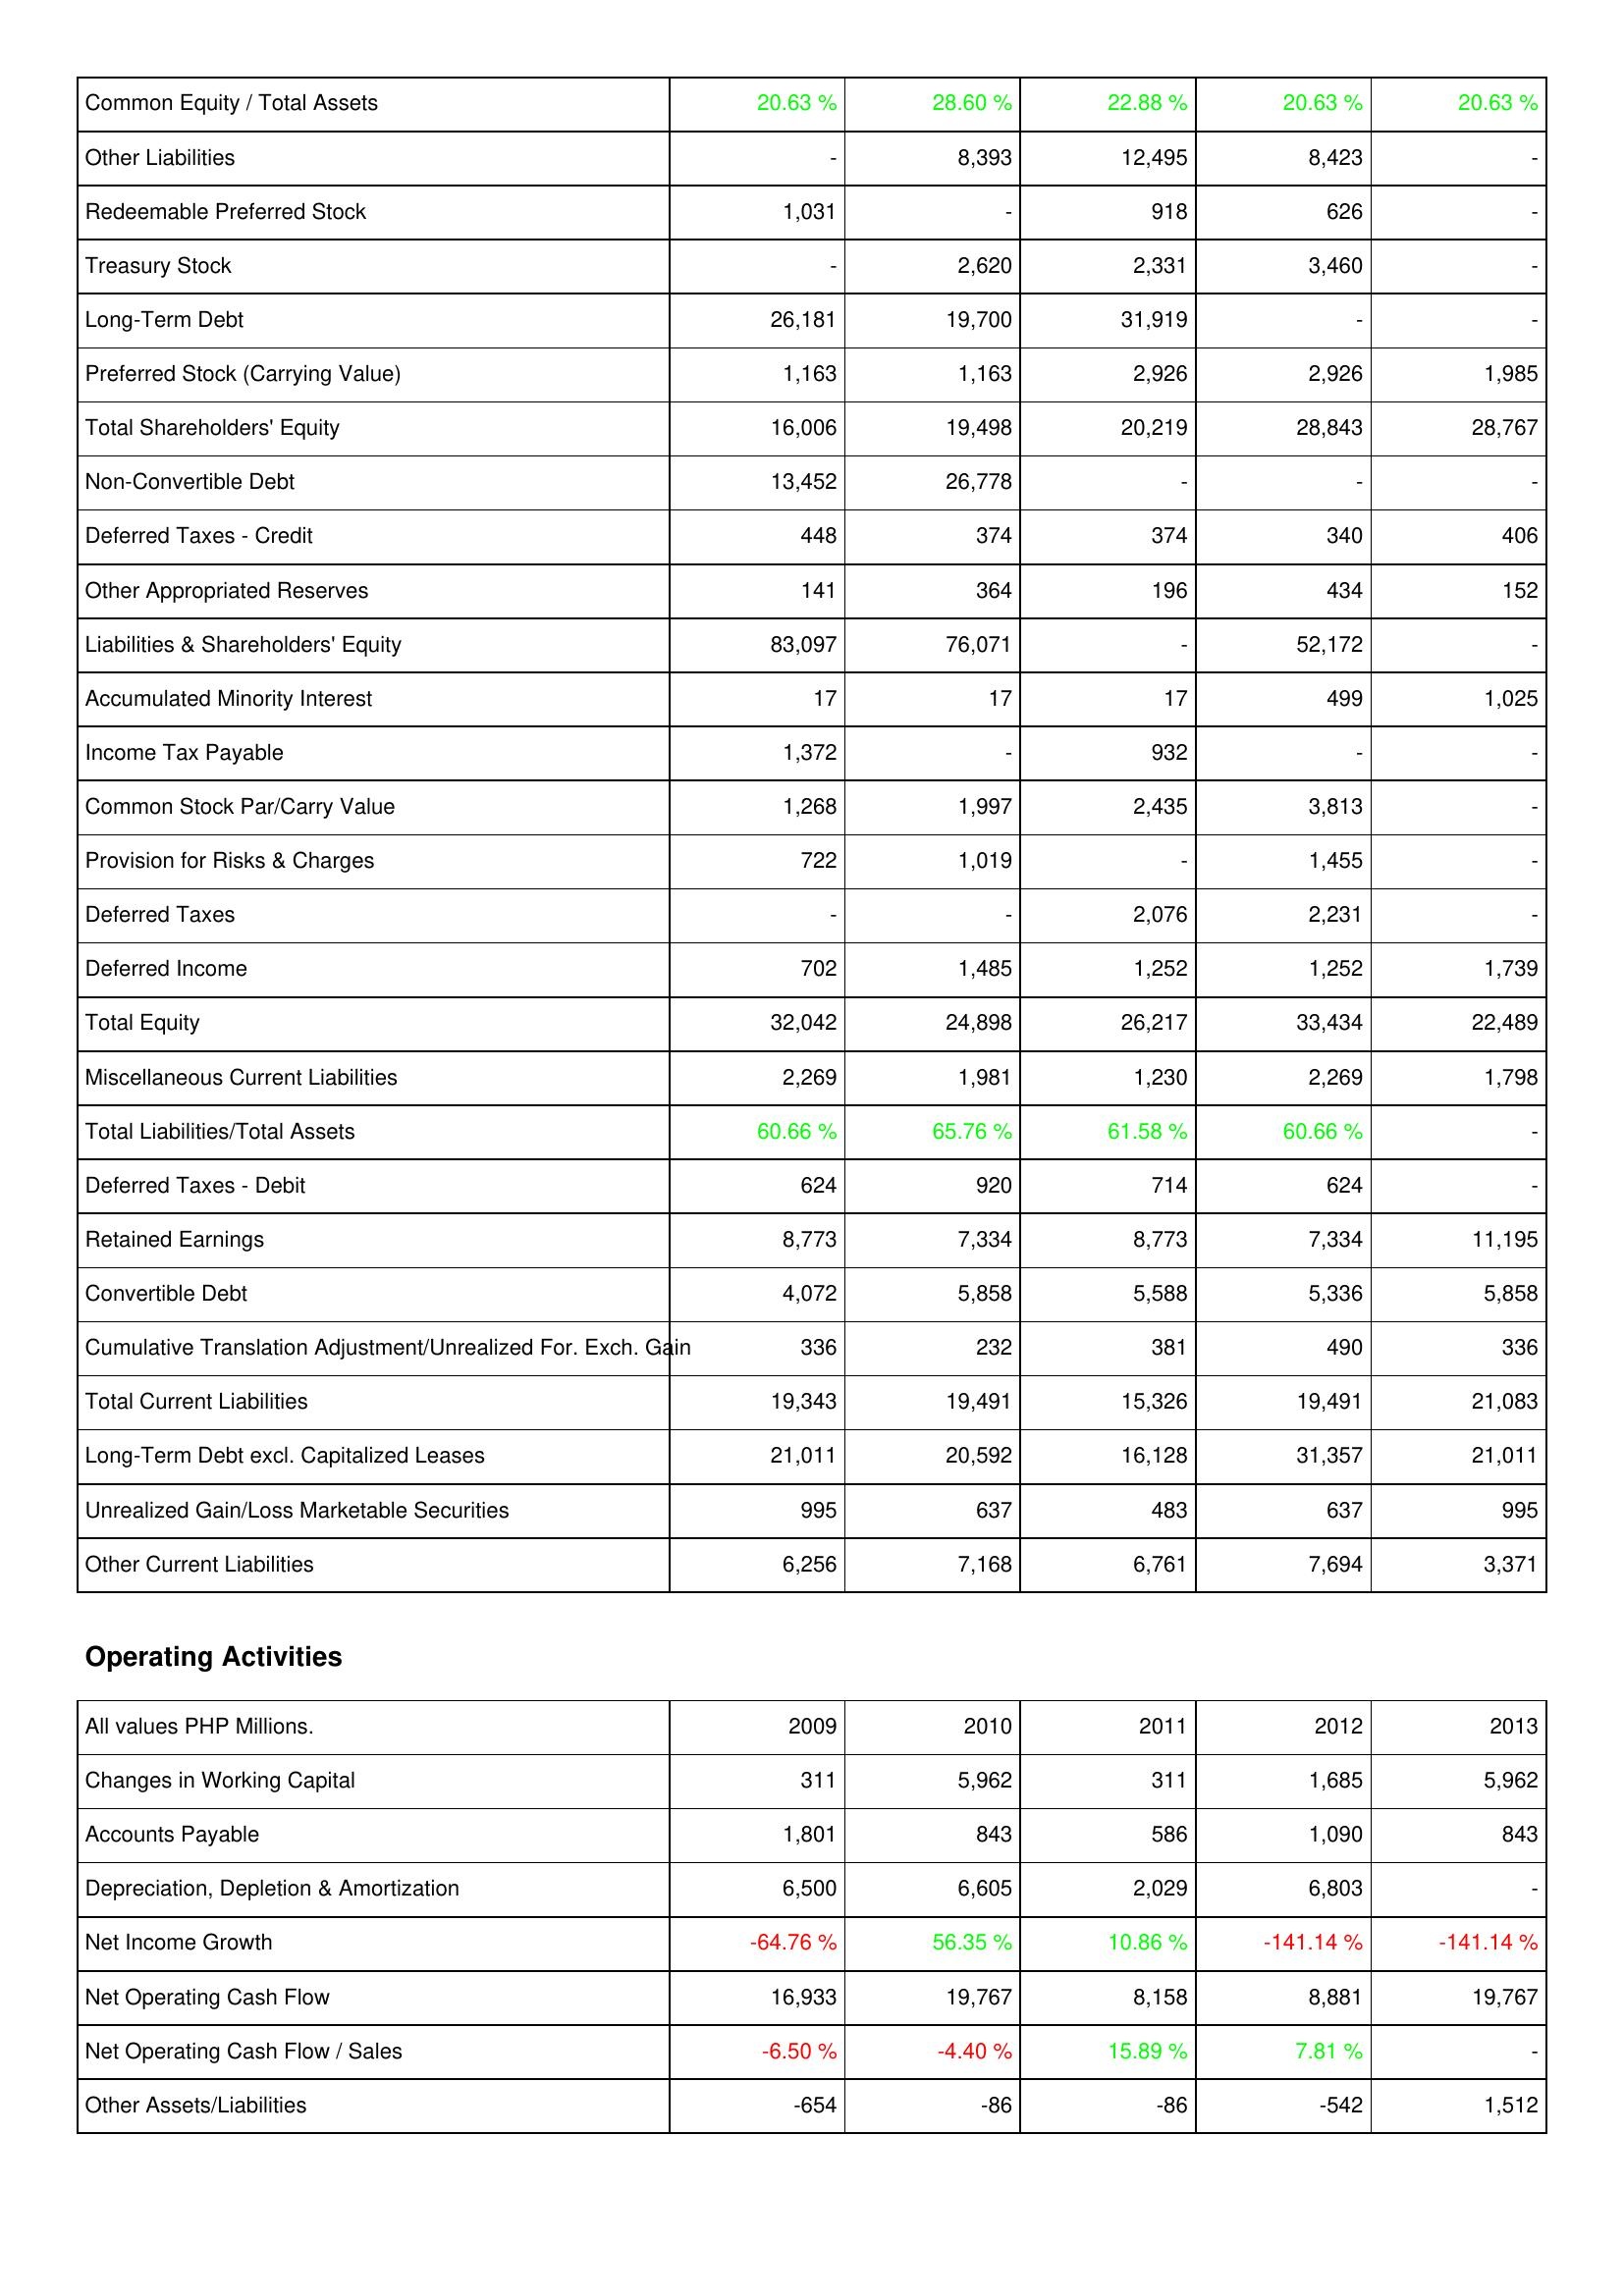
2009: Liabilities & Shareholders' Equity: Common Equity / Total Assets: 20.63 %
Other Liabilities: -
Redeemable Preferred Stock: 1,031
Treasury Stock: -
Long-Term Debt: 26,181
Preferred Stock (Carrying Value): 1,163
Total Shareholders' Equity: 16,006
Non-Convertible Debt: 13,452
Deferred Taxes - Credit: 448
Other Appropriated Reserves: 141
Liabilities & Shareholders' Equity: 83,097
Accumulated Minority Interest: 17
Income Tax Payable: 1,372
Common Stock Par/Carry Value: 1,268
Provision for Risks & Charges: 722
Deferred Taxes: -
Deferred Income: 702
Total Equity: 32,042
Miscellaneous Current Liabilities: 2,269
Total Liabilities/Total Assets: 60.66 %
Deferred Taxes - Debit: 624
Retained Earnings: 8,773
Convertible Debt: 4,072
Cumulative Translation Adjustment/Unrealized For. Exch. Gain: 336
Total Current Liabilities: 19,343
Long-Term Debt excl. Capitalized Leases: 21,011
Unrealized Gain/Loss Marketable Securities: 995
Other Current Liabilities: 6,256
Operating Activities: Changes in Working Capital: 311
Accounts Payable: 1,801
Depreciation, Depletion & Amortization: 6,500
Net Income Growth: -64.76 %
Net Operating Cash Flow: 16,933
Net Operating Cash Flow / Sales: -6.50 %
Other Assets/Liabilities: -654
2010: Liabilities & Shareholders' Equity: Common Equity / Total Assets: 28.60 %
Other Liabilities: 8,393
Redeemable Preferred Stock: -
Treasury Stock: 2,620
Long-Term Debt: 19,700
Preferred Stock (Carrying Value): 1,163
Total Shareholders' Equity: 19,498
Non-Convertible Debt: 26,778
Deferred Taxes - Credit: 374
Other Appropriated Reserves: 364
Liabilities & Shareholders' Equity: 76,071
Accumulated Minority Interest: 17
Income Tax Payable: -
Common Stock Par/Carry Value: 1,997
Provision for Risks & Charges: 1,019
Deferred Taxes: -
Deferred Income: 1,485
Total Equity: 24,898
Miscellaneous Current Liabilities: 1,981
Total Liabilities/Total Assets: 65.76 %
Deferred Taxes - Debit: 920
Retained Earnings: 7,334
Convertible Debt: 5,858
Cumulative Translation Adjustment/Unrealized For. Exch. Gain: 232
Total Current Liabilities: 19,491
Long-Term Debt excl. Capitalized Leases: 20,592
Unrealized Gain/Loss Marketable Securities: 637
Other Current Liabilities: 7,168
Operating Activities: Changes in Working Capital: 5,962
Accounts Payable: 843
Depreciation, Depletion & Amortization: 6,605
Net Income Growth: 56.35 %
Net Operating Cash Flow: 19,767
Net Operating Cash Flow / Sales: -4.40 %
Other Assets/Liabilities: -86
2011: Liabilities & Shareholders' Equity: Common Equity / Total Assets: 22.88 %
Other Liabilities: 12,495
Redeemable Preferred Stock: 918
Treasury Stock: 2,331
Long-Term Debt: 31,919
Preferred Stock (Carrying Value): 2,926
Total Shareholders' Equity: 20,219
Non-Convertible Debt: -
Deferred Taxes - Credit: 374
Other Appropriated Reserves: 196
Liabilities & Shareholders' Equity: -
Accumulated Minority Interest: 17
Income Tax Payable: 932
Common Stock Par/Carry Value: 2,435
Provision for Risks & Charges: -
Deferred Taxes: 2,076
Deferred Income: 1,252
Total Equity: 26,217
Miscellaneous Current Liabilities: 1,230
Total Liabilities/Total Assets: 61.58 %
Deferred Taxes - Debit: 714
Retained Earnings: 8,773
Convertible Debt: 5,588
Cumulative Translation Adjustment/Unrealized For. Exch. Gain: 381
Total Current Liabilities: 15,326
Long-Term Debt excl. Capitalized Leases: 16,128
Unrealized Gain/Loss Marketable Securities: 483
Other Current Liabilities: 6,761
Operating Activities: Changes in Working Capital: 311
Accounts Payable: 586
Depreciation, Depletion & Amortization: 2,029
Net Income Growth: 10.86 %
Net Operating Cash Flow: 8,158
Net Operating Cash Flow / Sales: 15.89 %
Other Assets/Liabilities: -86
2012: Liabilities & Shareholders' Equity: Common Equity / Total Assets: 20.63 %
Other Liabilities: 8,423
Redeemable Preferred Stock: 626
Treasury Stock: 3,460
Long-Term Debt: -
Preferred Stock (Carrying Value): 2,926
Total Shareholders' Equity: 28,843
Non-Convertible Debt: -
Deferred Taxes - Credit: 340
Other Appropriated Reserves: 434
Liabilities & Shareholders' Equity: 52,172
Accumulated Minority Interest: 499
Income Tax Payable: -
Common Stock Par/Carry Value: 3,813
Provision for Risks & Charges: 1,455
Deferred Taxes: 2,231
Deferred Income: 1,252
Total Equity: 33,434
Miscellaneous Current Liabilities: 2,269
Total Liabilities/Total Assets: 60.66 %
Deferred Taxes - Debit: 624
Retained Earnings: 7,334
Convertible Debt: 5,336
Cumulative Translation Adjustment/Unrealized For. Exch. Gain: 490
Total Current Liabilities: 19,491
Long-Term Debt excl. Capitalized Leases: 31,357
Unrealized Gain/Loss Marketable Securities: 637
Other Current Liabilities: 7,694
Operating Activities: Changes in Working Capital: 1,685
Accounts Payable: 1,090
Depreciation, Depletion & Amortization: 6,803
Net Income Growth: -141.14 %
Net Operating Cash Flow: 8,881
Net Operating Cash Flow / Sales: 7.81 %
Other Assets/Liabilities: -542
2013: Liabilities & Shareholders' Equity: Common Equity / Total Assets: 20.63 %
Other Liabilities: -
Redeemable Preferred Stock: -
Treasury Stock: -
Long-Term Debt: -
Preferred Stock (Carrying Value): 1,985
Total Shareholders' Equity: 28,767
Non-Convertible Debt: -
Deferred Taxes - Credit: 406
Other Appropriated Reserves: 152
Liabilities & Shareholders' Equity: -
Accumulated Minority Interest: 1,025
Income Tax Payable: -
Common Stock Par/Carry Value: -
Provision for Risks & Charges: -
Deferred Taxes: -
Deferred Income: 1,739
Total Equity: 22,489
Miscellaneous Current Liabilities: 1,798
Total Liabilities/Total Assets: -
Deferred Taxes - Debit: -
Retained Earnings: 11,195
Convertible Debt: 5,858
Cumulative Translation Adjustment/Unrealized For. Exch. Gain: 336
Total Current Liabilities: 21,083
Long-Term Debt excl. Capitalized Leases: 21,011
Unrealized Gain/Loss Marketable Securities: 995
Other Current Liabilities: 3,371
Operating Activities: Changes in Working Capital: 5,962
Accounts Payable: 843
Depreciation, Depletion & Amortization: -
Net Income Growth: -141.14 %
Net Operating Cash Flow: 19,767
Net Operating Cash Flow / Sales: -
Other Assets/Liabilities: 1,512